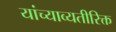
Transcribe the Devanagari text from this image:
यांच्याव्यतीरिक्त